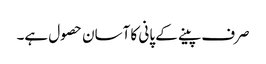
صرف پینے کے پانی کا آسان حصول ہے۔